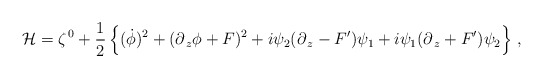
\begin{align*}{\cal H} = \zeta^{\,0}+ \frac{1}{2}\left\{(\dot \phi)^2+(\partial_{\,z} \phi+F)^2 +i\psi_2(\partial_{\,z} - F^\prime)\psi_1+ i \psi_1(\partial_{\,z} +F^\prime)\psi_2\right\}\,,\end{align*}